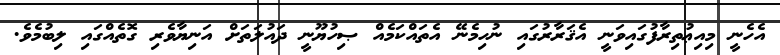
އެހެނީ މިއިޢުތިރާފުގައިވަނީ އެޤަރާރުގައި ނުހިމެނޭ އެތައްކަމެއް ޞިހުޔޫނީ ދައުލަތަށް އަނިޔާވެރި ގޮތެއްގައި ލިބުމެވެ.